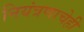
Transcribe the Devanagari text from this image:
नियंत्रणाचेही